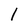
Character: l